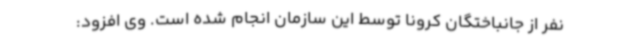
نفر از جانباختگان کرونا توسط این سازمان انجام شده است. وی افزود: